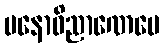
မနောဝိညာဏေပေ